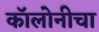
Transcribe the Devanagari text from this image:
कॉलोनीचा